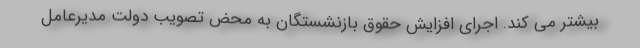
بیشتر می کند. اجرای افزایش حقوق بازنشستگان به محض تصویب دولت مدیرعامل